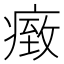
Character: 𤸓